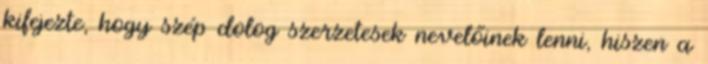
kifejezte, hogy szép dolog szerzetesek nevelőinek lenni, hiszen a